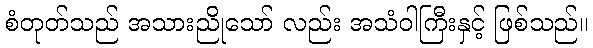
စံတုတ်သည် အသားညိုသော် လည်း အသံဝါကြီးနှင့် ဖြစ်သည်။